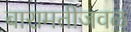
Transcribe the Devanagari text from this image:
बारामतीजवळ